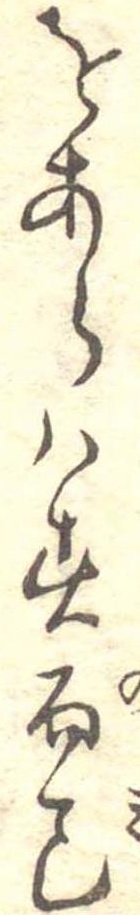
をあらはす而巳